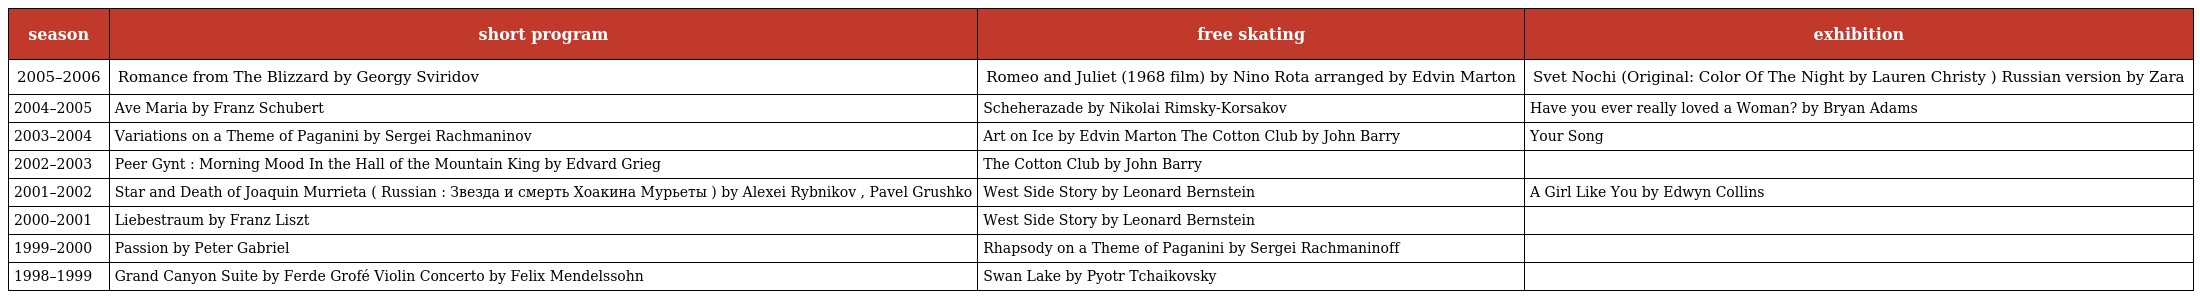
| season | short program | free skating | exhibition |
 | --- | --- | --- | --- |
 | 2005–2006 | Romance from The Blizzard by Georgy Sviridov | Romeo and Juliet (1968 film) by Nino Rota arranged by Edvin Marton | Svet Nochi (Original: Color Of The Night by Lauren Christy ) Russian version by Zara |
 | 2004–2005 | Ave Maria by Franz Schubert | Scheherazade by Nikolai Rimsky-Korsakov | Have you ever really loved a Woman? by Bryan Adams |
 | 2003–2004 | Variations on a Theme of Paganini by Sergei Rachmaninov | Art on Ice by Edvin Marton The Cotton Club by John Barry | Your Song |
 | 2002–2003 | Peer Gynt : Morning Mood In the Hall of the Mountain King by Edvard Grieg | The Cotton Club by John Barry |  |
 | 2001–2002 | Star and Death of Joaquin Murrieta ( Russian : Звезда и смерть Хоакина Мурьеты ) by Alexei Rybnikov , Pavel Grushko | West Side Story by Leonard Bernstein | A Girl Like You by Edwyn Collins |
 | 2000–2001 | Liebestraum by Franz Liszt | West Side Story by Leonard Bernstein |  |
 | 1999–2000 | Passion by Peter Gabriel | Rhapsody on a Theme of Paganini by Sergei Rachmaninoff |  |
 | 1998–1999 | Grand Canyon Suite by Ferde Grofé Violin Concerto by Felix Mendelssohn | Swan Lake by Pyotr Tchaikovsky |  |